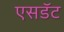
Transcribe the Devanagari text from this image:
एसडॅट